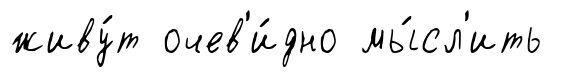
живу́т очев'и́дно мы́сл'ить